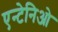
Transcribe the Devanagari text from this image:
एन्टेनिओ